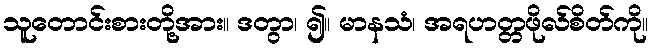
သူတောင်းစားတို့အား။ ဒတွာ၊ ၍။ မာနသံ၊ အရဟတ္တဖိုလ်စိတ်ကို။